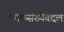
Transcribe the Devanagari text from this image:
लोकसंख्येबद्दल